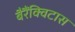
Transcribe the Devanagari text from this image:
बैरैंक्विटास